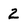
Character: 2